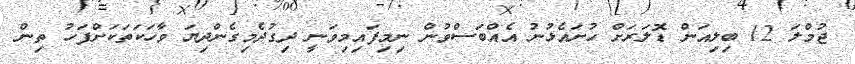
ޖުމްލަ 12 ބިލިއަން ޑޮލަރަށް ހުށައެޅުނު އެއްބަސްވުން ނިމިފައިމިވަނީ ދިގުދެމިގެންދިޔަ ވާހަކަތަކަށްފަހު ތިން